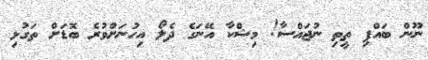
ނޫން ބައްޕި ތީތި ނުޖައްސާ! މިޝްކާ އޭނަގެ ދެލޯ އިހުނަށްވުރެ ބޮޑަށް ތަގުޅި